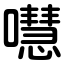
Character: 嘒